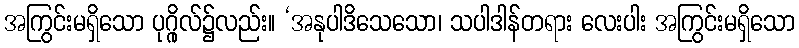
အကြွင်းမရှိသော ပုဂ္ဂိုလ်၌လည်း။ ‘အနုပါဒိသေသော၊ သပါဒါန်တရား လေးပါး အကြွင်းမရှိသော